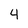
Character: 4